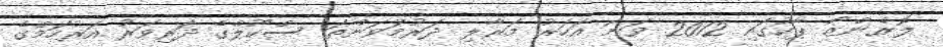
ލޮރެންޒޯ ޕާކުގައި 2012 ވަނަ އަހަރު މަރާލި ދަރުމަވަންތަ ސްކޫލްގެ ދަރިވަރު އަރުހަމްގެ